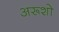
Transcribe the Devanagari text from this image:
अरूशो